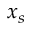
x _ { s }